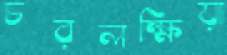
চরলক্ষিয়া